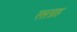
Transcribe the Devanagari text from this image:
रसग्रह